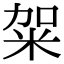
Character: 𥹌